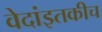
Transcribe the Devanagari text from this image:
वेदांइतकीच